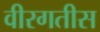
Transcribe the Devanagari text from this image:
वीरगतीस